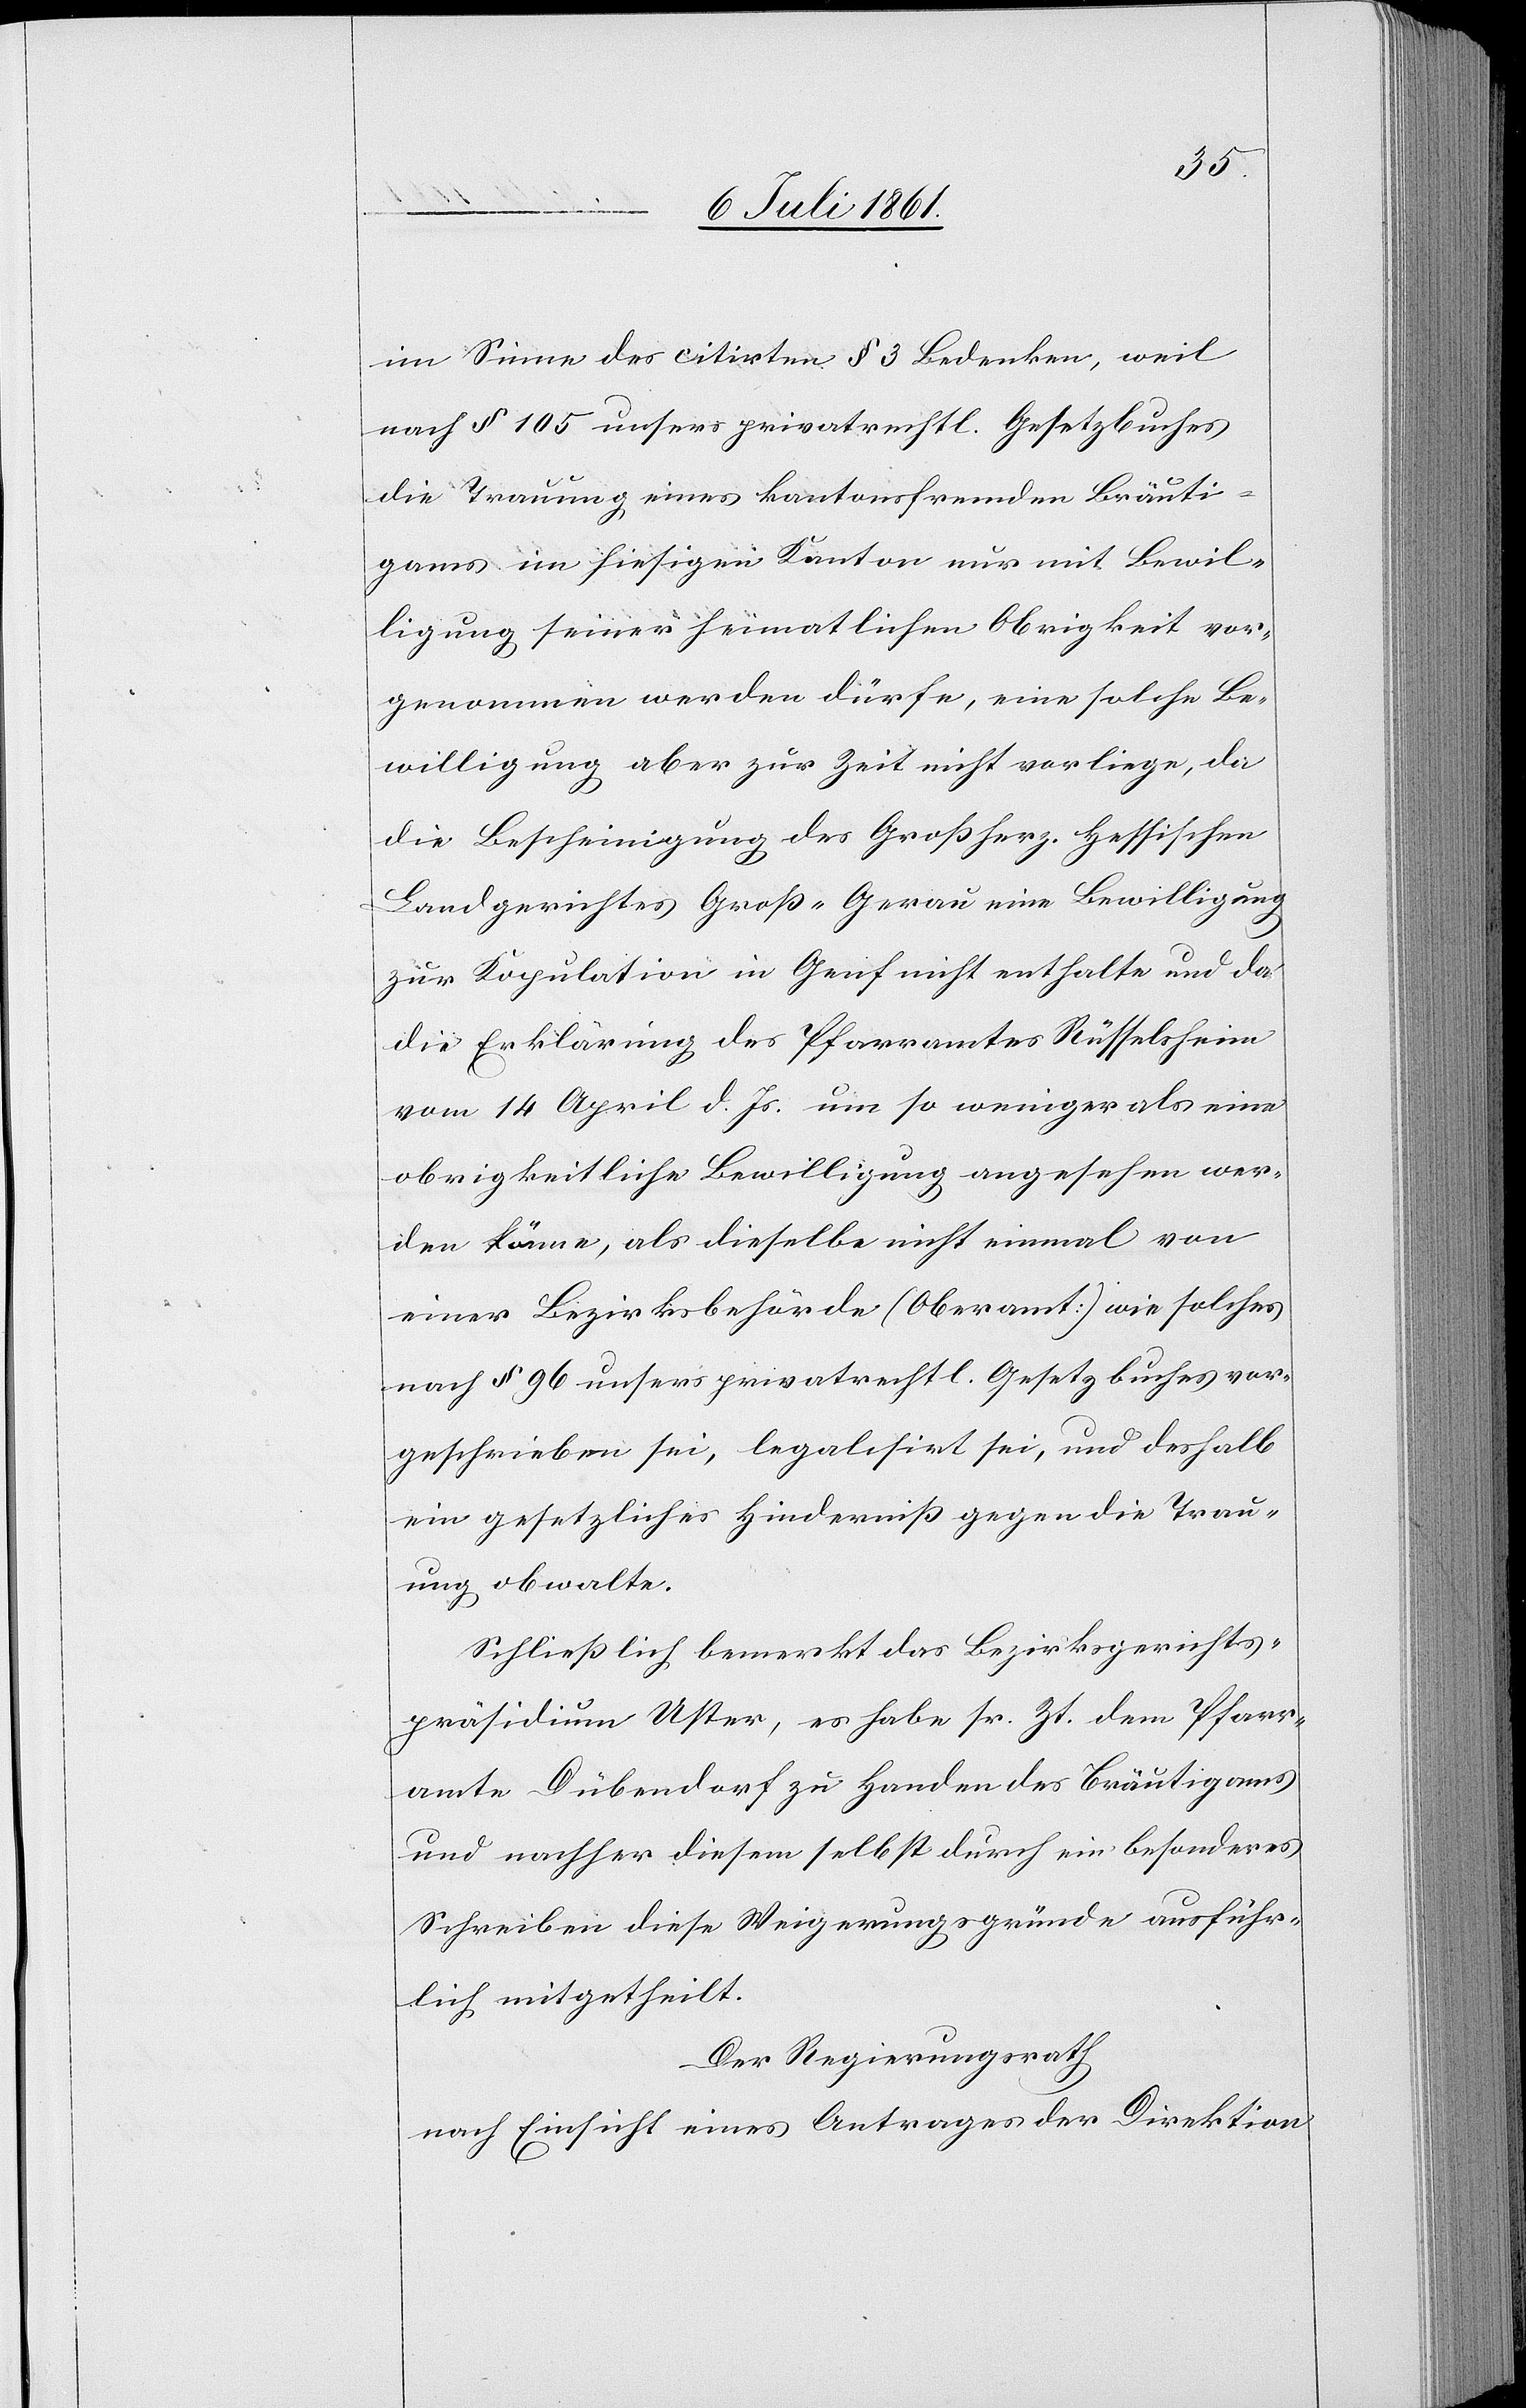
im Sinne des citirten § 3 Bedenken, weil
nach § 105 unsers privatrechtl. Gesetzbuches
die Trauung eines kantonsfremden Bräuti¬
gams im hiesigen Kanton nur mit Bewil¬
ligung seiner heimatlichen Obrigkeit vor¬
genommen werden dürfe, eine solche Be¬
willigung aber zur Zeit nicht vorliege, da
die Bescheinigung des Großherzg. Hessischen
Landgerichtes Groß-Gerau eine Bewilligung
zur Kopulation in Genf nicht enthalte und da
die Erklärung des Pfarramtes Rüsselsheim
vom 14 April d. Js. um so weniger als eine
obrigkeitliche Bewilligung angesehen wer¬
den könne, als dieselbe nicht einmal von
einer Bezirksbehörde (Oberamt) wie solches
nach § 96 unsers privatrechtl. Gesetzbuches vor¬
geschrieben sei, legalisirt sei, und deshalb
ein gesetzliches Hinderniß gegen die Trau¬
ung obwalte.
Schließlich bemerkt das Bezirksgerichts¬
präsidium Uster, es habe sr. Zt. dem Pfarr¬
amte Dübendorf zu Handen des Bräutigams
und nachher diesem selbst durch ein besonderes
Schreiben diese Weigerungsgründe ausführ¬
lich mitgetheilt.
Der Regierungsrath
nach Einsicht eines Antrages der Direktion